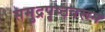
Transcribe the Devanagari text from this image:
समुद्रपृष्ठवरून